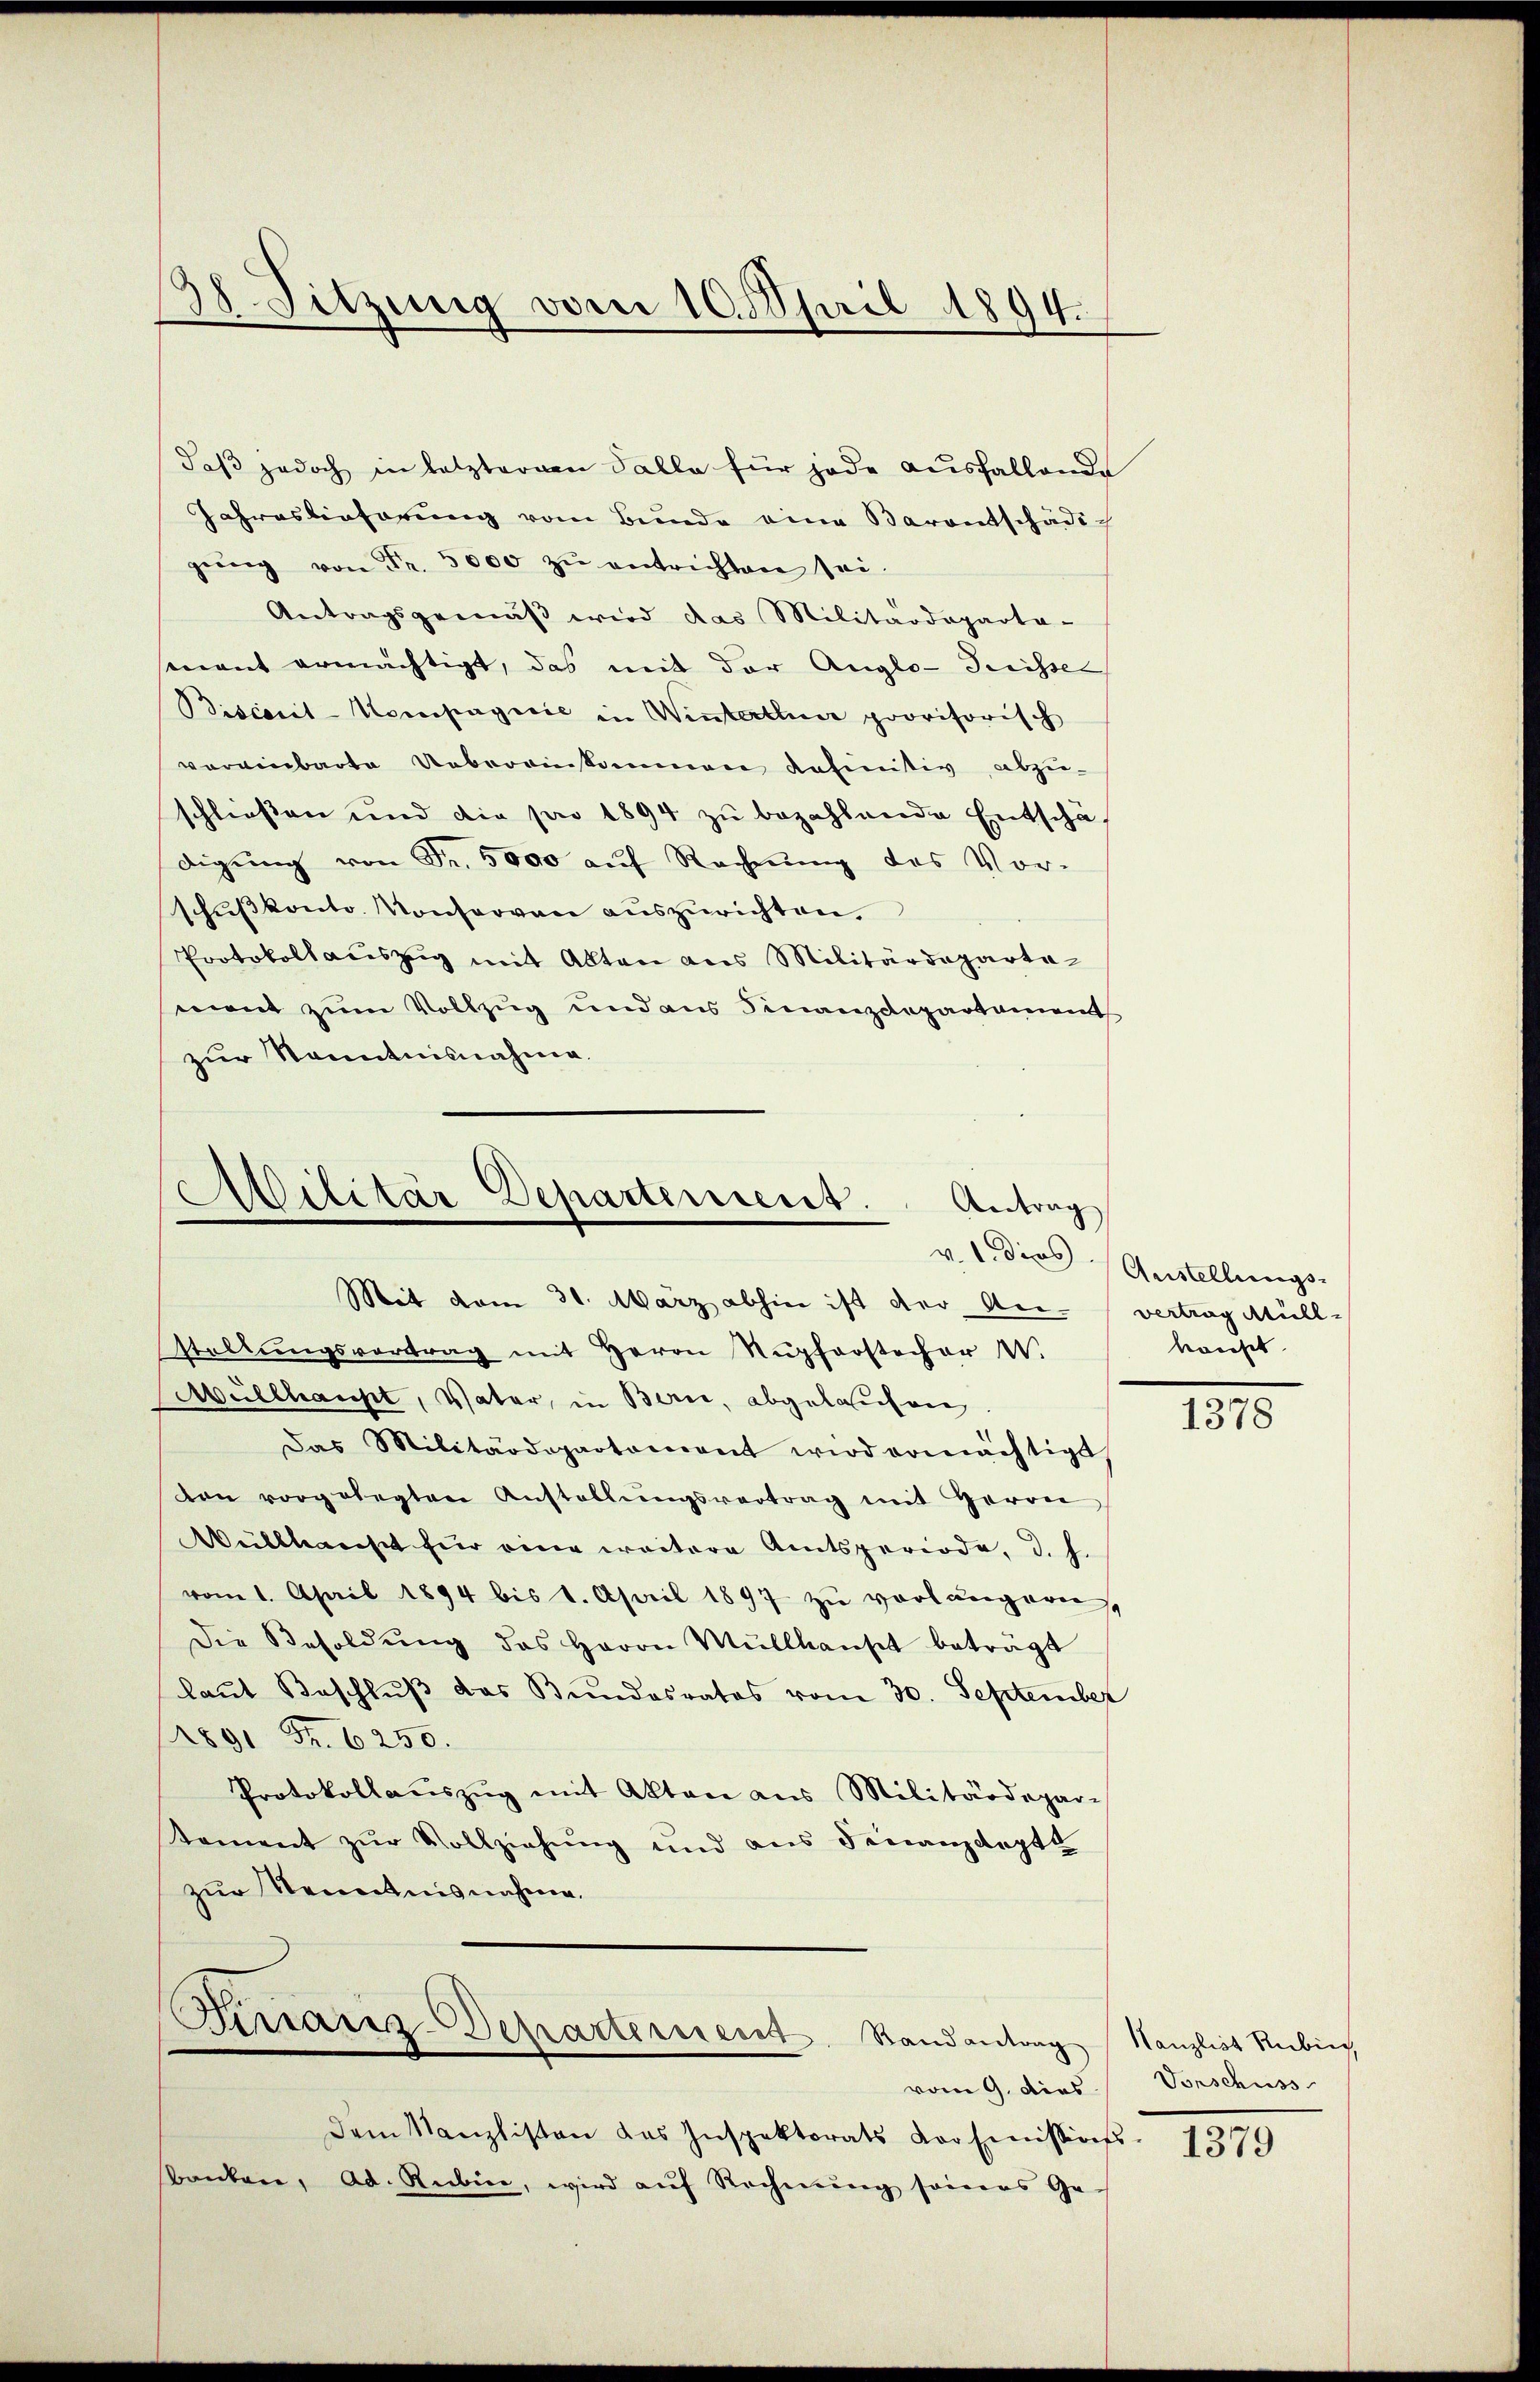
daβ jedoch in letzteren Falle für jede aŭsfallende
Jahreslieferung vom Bunde eine Parentschäde
gŭng von Fr. 3000 zŭ entrichten sei.
Antragsgemäβ wird das Militärdeparta-
mant ermächtigt, das mit der Auglo-Suissel
Biscarit-Kompagnie in Winterthur provisorisch
vereinbarte Uebereinkommen definitiv abzu-
schließen und die pro 1894 zu bezahlende Entschädigung von Fr. 5000 auf Rechnung des Vor-
schŭβkonto. Konserven auszurichten.
Protokollauszug mit Alten aus Militärdepartemont zum Vollzug und aus Finanzdepartament
zur Kenntnisnahme.

38 Sitzung vom 10. April 1894.

Militär Departement.
Antrag
Mit vom 31. März abhin ist der An- (vertrag Müll¬

stellŭngsvortrag mit Herrn Nŭpforstecher W.
üllhaupt, Vater, in Bern, abgelaufen.
Das Militärdepartonient wird ermächtigt
von vorgelegten Anstellŭngsvertrag mit Herrn
Wüllhause für eine weitere Amtsperiode, d. h.
vom 1. April 1894 bis 1. April 1897 zŭ verlängern,
Die Besoldŭng des Herrn Müllhaust beträgt
laut Beschlŭβ das Bundesrates vom 30. September
1891 Fr. 6250.
Protokollaŭszŭg mit Akten aus Militärdepar-
tement zur Vollziehung und aus Finanzdeptt
zur Kenntnisnahme.

Graniz-Departement. Randantrag Kanzlist Rubin,
vom 9. dies

v. 1 dies Austellungs-
kauft

dem Kanzlisten das Inspektorats Loosimissions
Banken, Ad. Rubine, wird aŭf Rechnŭng seines Ge-

1378

Vorschuss
1379